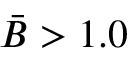
\bar { B } > 1 . 0